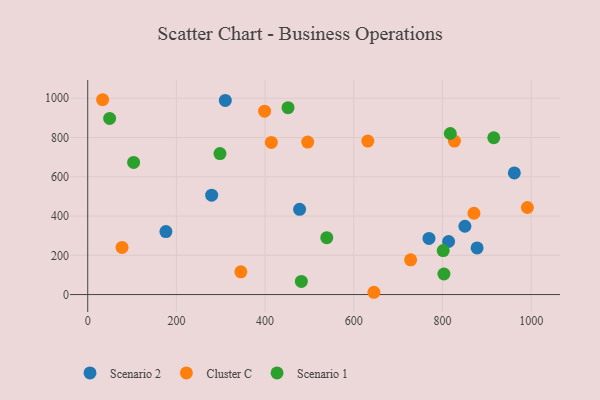
{"axis": {"x": "Experience", "y": "Exam Score"}, "legend": ["Cluster C", "Scenario 1", "Scenario 2"], "data": [{"x": "878.1", "y": 237.3, "type": "Scenario 2"}, {"x": "850.6", "y": 347.9, "type": "Scenario 2"}, {"x": "813.9", "y": 270.4, "type": "Scenario 2"}, {"x": "962.1", "y": 619.7, "type": "Scenario 2"}, {"x": "310.3", "y": 988.9, "type": "Scenario 2"}, {"x": "176.3", "y": 320.7, "type": "Scenario 2"}, {"x": "769.6", "y": 286.0, "type": "Scenario 2"}, {"x": "279.5", "y": 506.2, "type": "Scenario 2"}, {"x": "477.8", "y": 434.4, "type": "Scenario 2"}, {"x": "728.2", "y": 176.7, "type": "Cluster C"}, {"x": "645.4", "y": 11.6, "type": "Cluster C"}, {"x": "827.0", "y": 781.7, "type": "Cluster C"}, {"x": "496.1", "y": 776.6, "type": "Cluster C"}, {"x": "77.4", "y": 240.0, "type": "Cluster C"}, {"x": "398.9", "y": 934.1, "type": "Cluster C"}, {"x": "33.6", "y": 992.6, "type": "Cluster C"}, {"x": "871.0", "y": 414.3, "type": "Cluster C"}, {"x": "991.5", "y": 443.6, "type": "Cluster C"}, {"x": "345.3", "y": 115.8, "type": "Cluster C"}, {"x": "414.1", "y": 774.9, "type": "Cluster C"}, {"x": "631.7", "y": 781.8, "type": "Cluster C"}, {"x": "817.7", "y": 820.6, "type": "Scenario 1"}, {"x": "803.3", "y": 104.6, "type": "Scenario 1"}, {"x": "451.7", "y": 952.0, "type": "Scenario 1"}, {"x": "298.2", "y": 718.2, "type": "Scenario 1"}, {"x": "801.7", "y": 224.2, "type": "Scenario 1"}, {"x": "539.1", "y": 289.6, "type": "Scenario 1"}, {"x": "103.5", "y": 673.1, "type": "Scenario 1"}, {"x": "481.8", "y": 67.1, "type": "Scenario 1"}, {"x": "49.4", "y": 897.2, "type": "Scenario 1"}, {"x": "915.7", "y": 798.9, "type": "Scenario 1"}]}